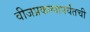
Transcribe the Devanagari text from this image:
वीजप्रकल्पापर्यंतची